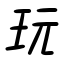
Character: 玩